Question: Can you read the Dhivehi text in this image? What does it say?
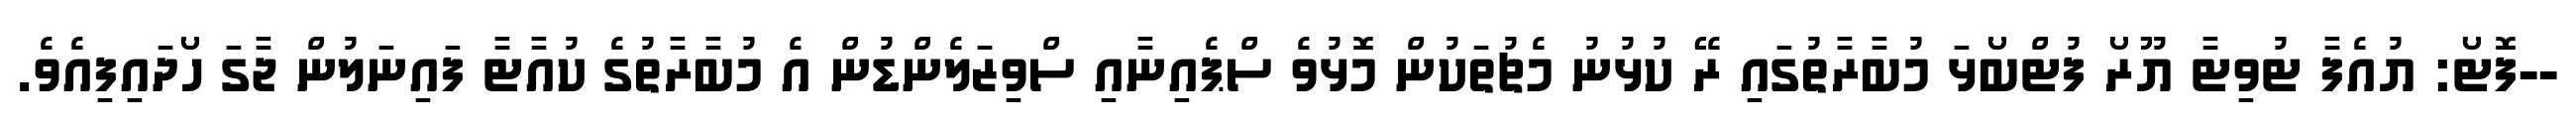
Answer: --ފޮޓޯ: ޔުއެފާ ޓުވިޓާ ޔޫރޯ ފުޓްބޯޅަ މުބާރާތުގައި ރޭ ކުޅުނު މެޗުތަކުން މޮޅުވެ ސްޕެއިނާއި ސްވިޒަލެންޑުން އެ މުބާރާތުގެ ކުއާޓާ ފައިނަލުން ޖާގަ ހޯދައިފިއެވެ.